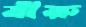
বীরু